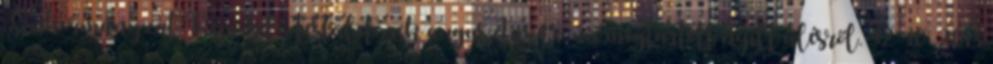
Önkormányzat Képviselő-testületének augusztus 13- án megtartott nyílt ülésről. 32 10 2013